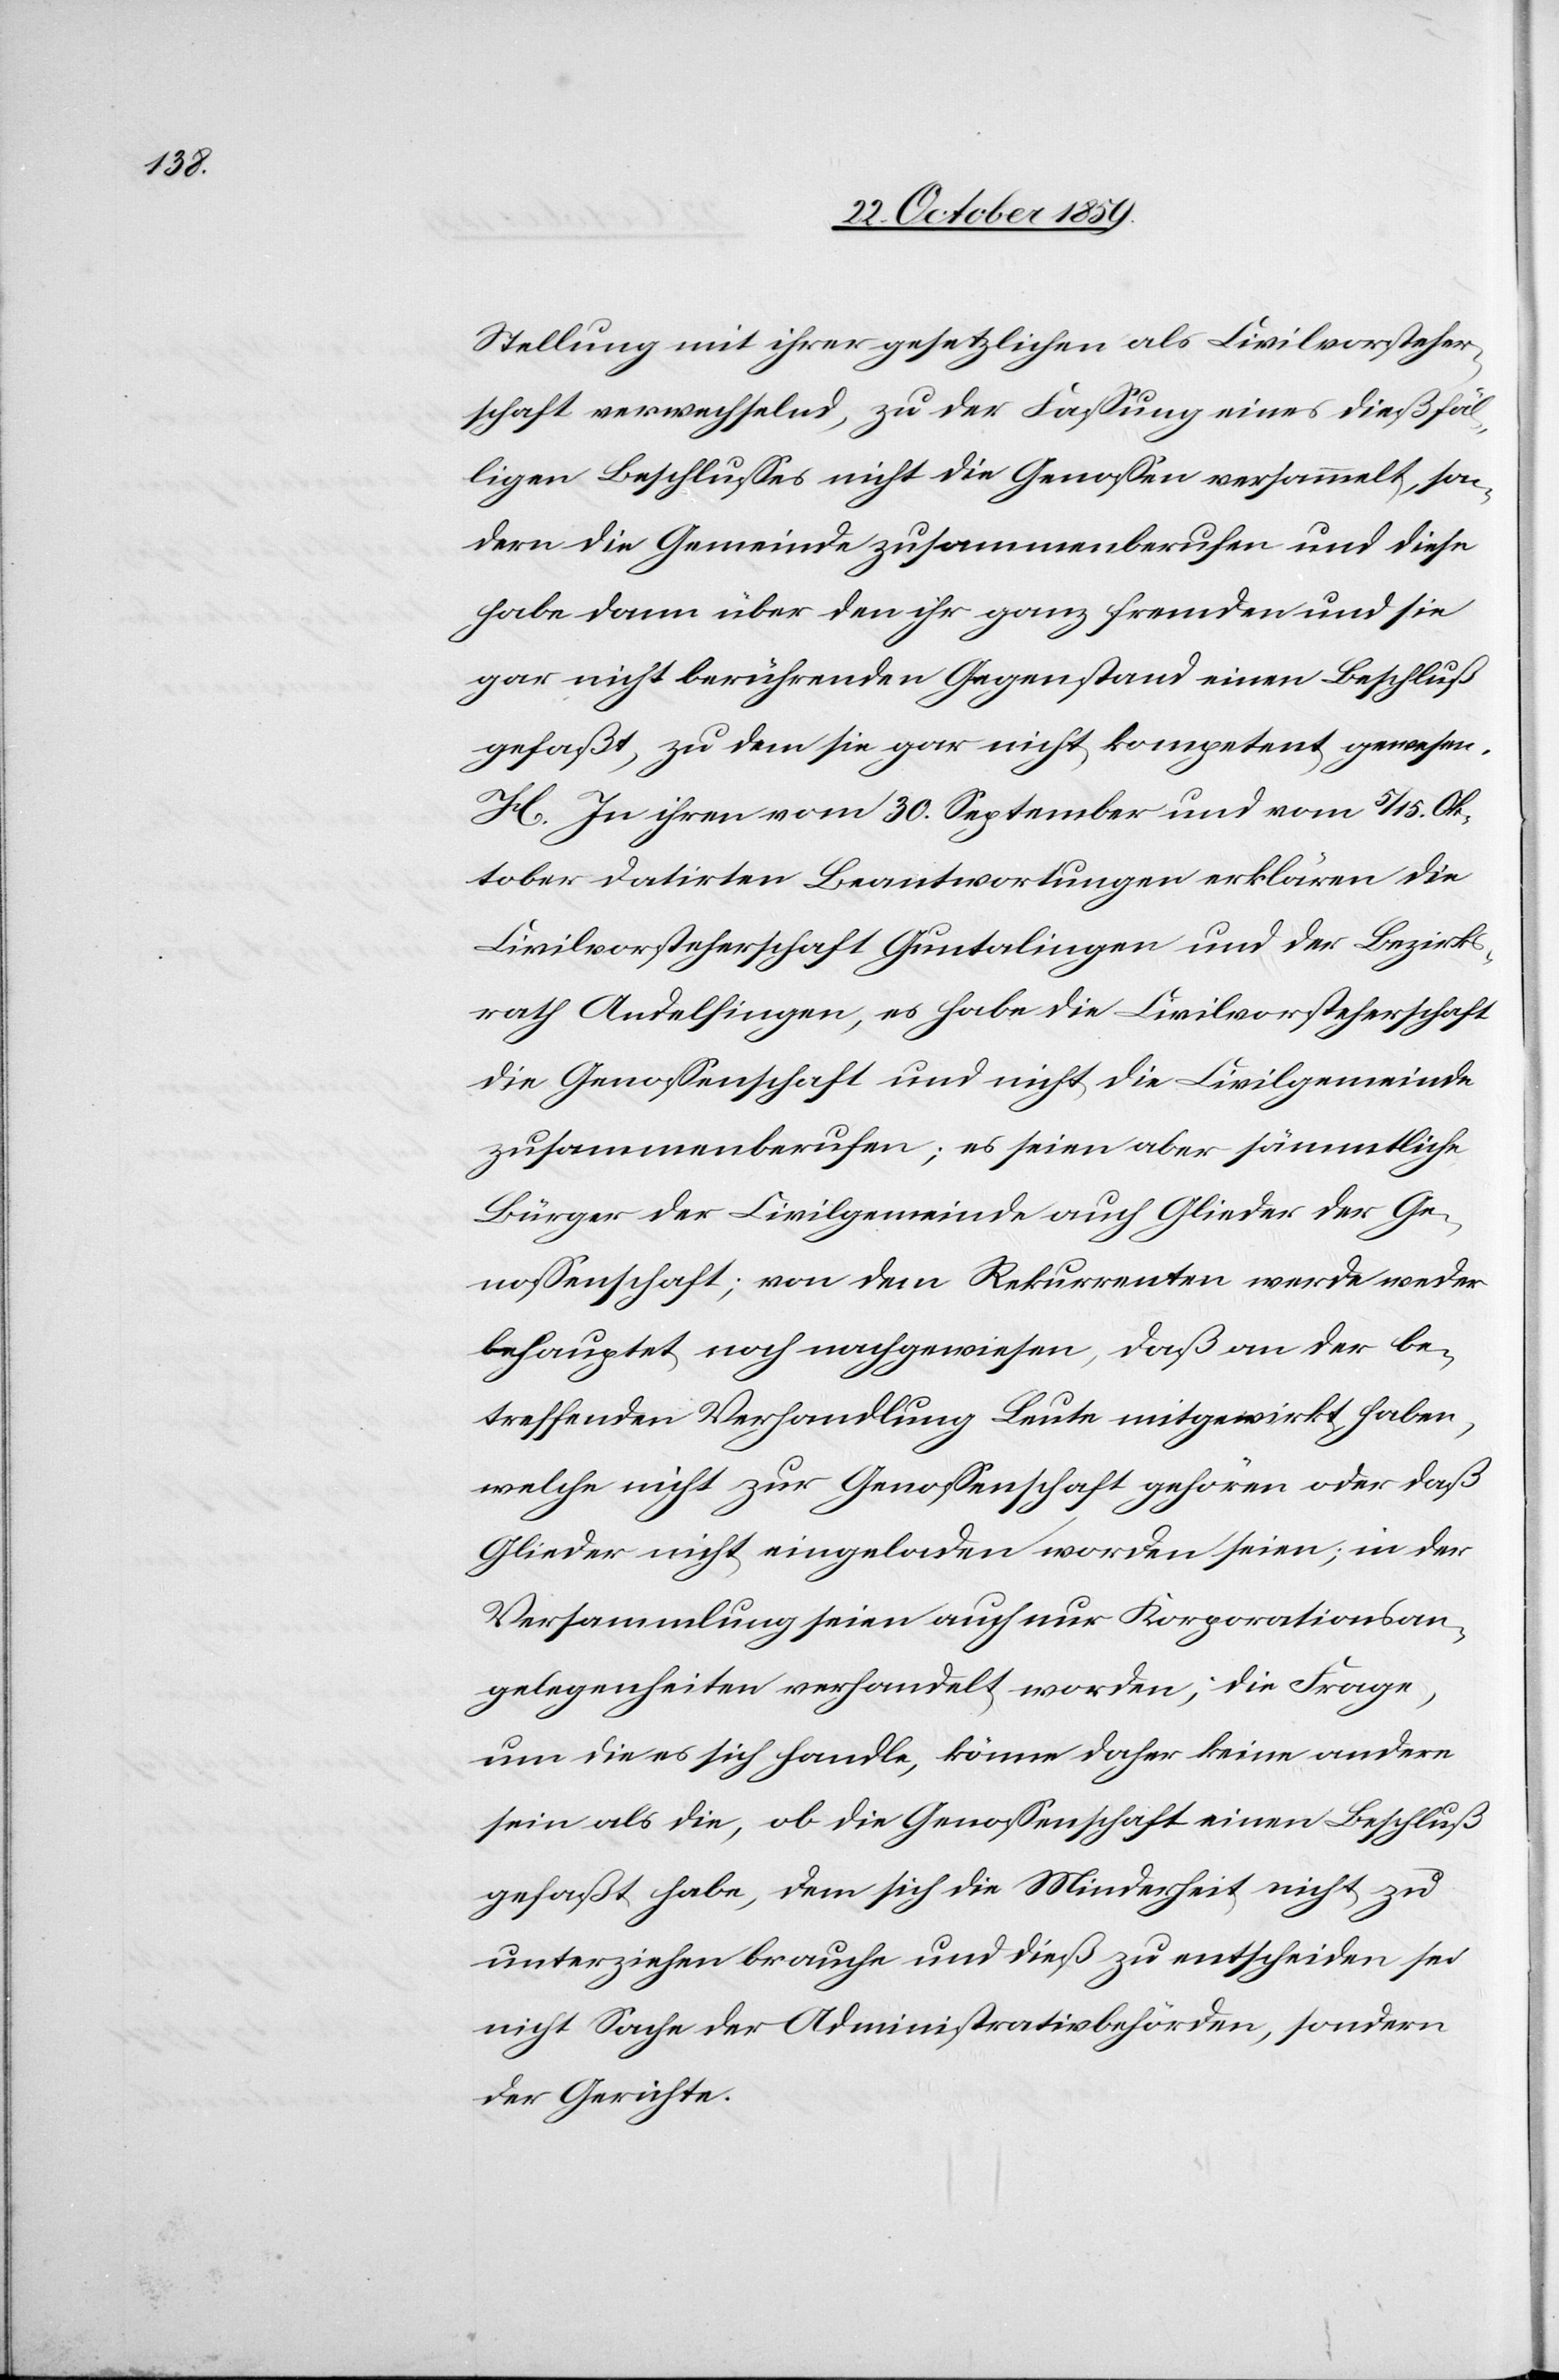
dieß¬

fälligen Beschlusses nicht die Genossen versammelt, son¬
dern die Gemeinde zusammenberufen und diese
habe dann über den ihr ganz fremden und sie
gar nicht berührenden Gegenstand einen Beschluß
gefasst, zu dem sie gar nicht kompetent gewesen.
H. In ihren vom 30. September und vom 5/15. Ok¬
tober datirten Beantwortungen erklärten die
Civilvorsteherschaft Guntalingen und der Bezirks¬
rath Andelfingen, es habe die Civilvorsteherschaft
zusammenberufen; es seien aber sämmtliche
Bürger der Civilgemeinde auch Glieder der Ge¬
nossenschaft; von dem Rekurrenten wurde weder
behauptet, noch nachgewiesen, daß an der be¬
treffenden Verhandlung Leute mitgewirkt haben,
welche nicht zur Genossenschaft gehören oder daß
Glieder nicht eingeladen worden seien; in der
Versammlung seien auch nur Korporationsan¬
gelegenheiten verhandelt worden; die Frage,
um die es sich handle, könne daher keine andere
sein als die, ob die Genossenschaft einen Beschluß
gefasst habe, dem sich die Minderheit nicht zu
unterziehen brauche und dieß zu entscheiden sei
nicht Sache der Administrationsbehörden, sondern
der Gerichte.